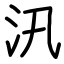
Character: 汛